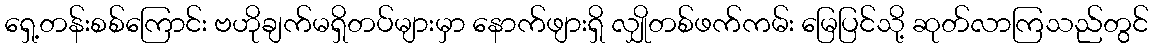
ရှေ့တန်းစစ်ကြောင်း ဗဟိုချက်မရှိတပ်များမှာ နောက်ဖျားရှိ လျှိုတစ်ဖက်ကမ်း မြေပြင်သို့ ဆုတ်လာကြသည်တွင်